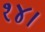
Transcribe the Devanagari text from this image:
१४।